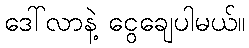
ဒေါ်လာနဲ့ ငွေချေပါမယ်။